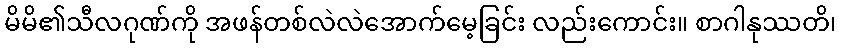
မိမိ၏သီလဂုဏ်ကို အဖန်တစ်လဲလဲအောက်မေ့ခြင်း လည်းကောင်း။ စာဂါနုဿတိ၊